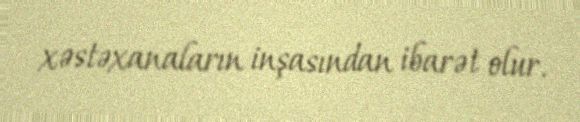
xəstəxanaların inşasından ibarət olur.